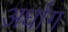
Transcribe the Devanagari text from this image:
अर्धाग